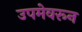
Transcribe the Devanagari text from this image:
उपमेवरून